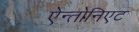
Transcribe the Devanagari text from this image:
ऐन्तोनिएट